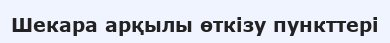
Шекара арқылы өткізу пункттері